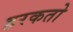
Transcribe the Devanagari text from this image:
हरकतो